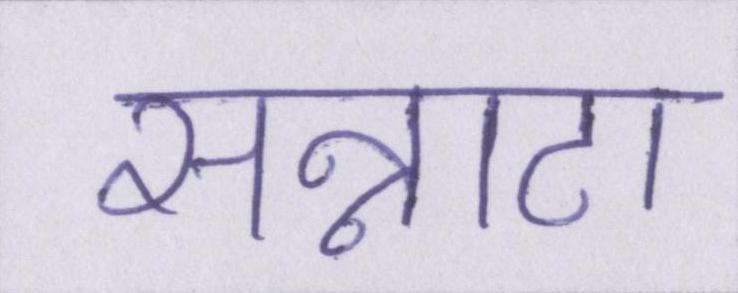
सन्नाटा